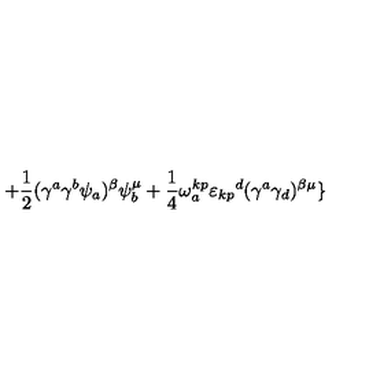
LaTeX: + { \frac { 1 } { 2 } } ( \gamma ^ { a } \gamma ^ { b } \psi _ { a } ) ^ { \beta } \psi _ { b } ^ { \mu } + { \frac { 1 } { 4 } } \omega _ { a } ^ { k p } { \varepsilon _ { k p } } ^ { d } ( \gamma ^ { a } \gamma _ { d } ) ^ { \beta \mu } \}